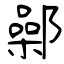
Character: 鄵